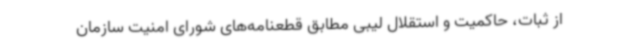
از ثبات، حاکمیت و استقلال لیبی مطابق قطعنامه‌های شورای امنیت سازمان